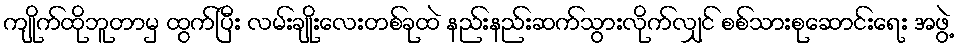
ကျိုက်ထိုဘူတာမှ ထွက်ပြီး လမ်းချိုးလေးတစ်ခုထဲ နည်းနည်းဆက်သွားလိုက်လျှင် စစ်သားစုဆောင်းရေး အဖွဲ့